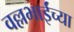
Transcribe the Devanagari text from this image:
वल्लभाईंच्या